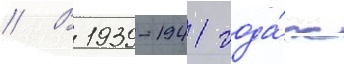
// В 1939-1941 года́х